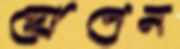
হোপেন